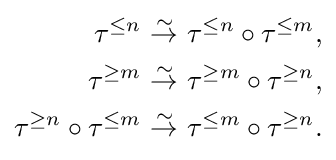
{\begin{aligned}\tau ^{\leq n}\ &{\stackrel {\sim }{\to }}\ \tau ^{\leq n}\circ \tau ^{\leq m},\\\tau ^{\geq m}\ &{\stackrel {\sim }{\to }}\ \tau ^{\geq m}\circ \tau ^{\geq n},\\\tau ^{\geq n}\circ \tau ^{\leq m}\ &{\stackrel {\sim }{\to }}\ \tau ^{\leq m}\circ \tau ^{\geq n}.\end{aligned}}